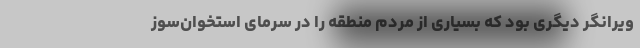
ویرانگر دیگری بود که بسیاری از مردم منطقه را در سرمای استخوان‌سوز